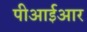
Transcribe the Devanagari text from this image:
पीआईआर